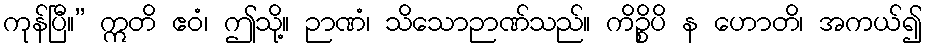
ကုန်ပြီ။” ဣတိ ဧဝံ၊ ဤသို့။ ဉာဏံ၊ သိသောဉာဏ်သည်။ ကိဉ္စိပိ န ဟောတိ၊ အကယ်၍